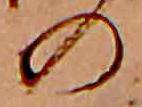
の